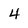
Character: 4